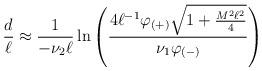
LaTeX: \begin{align*}{d \over \ell}\approx {1\over -\nu_2\ell}\ln\left( {4\ell^{-1}\varphi_{(+)} \sqrt{1+{M^2\ell^2\over4}} \over \nu_1\varphi_{(-)}}\right)\end{align*}